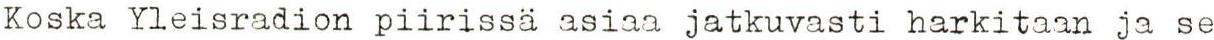
Koska Yleisradion piirissä asiaa jatkuvasti harkitaan ja se